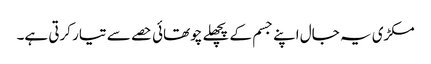
مکڑی یہ جال اپنے جسم کے پچھلے چوتھائی حصے سے تیار کرتی ہے۔